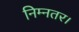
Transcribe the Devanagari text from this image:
निम्नतर।